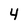
Character: 4